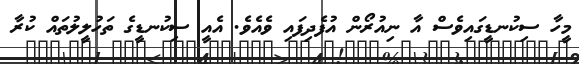
މީހާ ސިކުނޑީގައިވެސް އާ ނިއުރޯން އުފެދިފައި ވެއެވެ. އެއީ ސިކުނޑީގެ ތަހުލީލުތައް ކުރާ